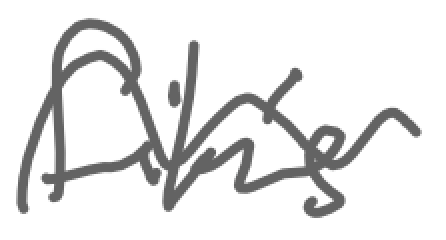
Text: film's
Cross-out: wave
Writing tool: digital_gray